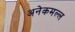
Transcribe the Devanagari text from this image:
अनेकमल्ल